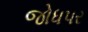
જોધપર